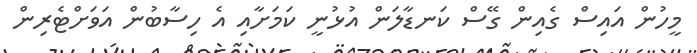
މީހުން އައިސް ގެއިން ގޭސް ކަނޑާލަން އުޅުނީ ކަމަށާއި އެ ހިސާބުން އަވަށްޓެރިން